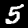
Digit: 5